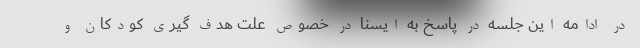
در ادامه این جلسه در پاسخ به ایسنا در خصوص علت هدف گیری کودکان و